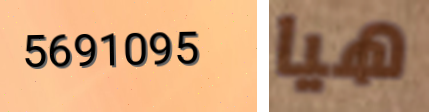
5691095 هيا